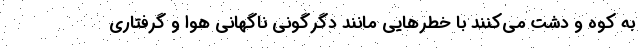
به کوه و دشت می‌کنند با خطرهایی مانند دگرگونی ناگهانی هوا و گرفتاری